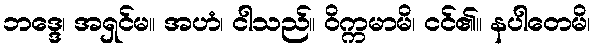
ဘဒ္ဒေ၊ အရှင်မ။ အဟံ၊ ငါသည်။ ဝိက္ကမာမိ၊ ငင်၏။ နပါတေမိ၊